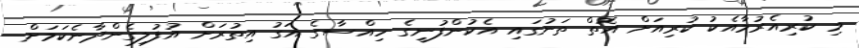
މި ކުރިއެރުމާއެކު ކުރިއަށް އޮތް ތަނުގައި އެކުންފުނީގެ ހިއްސާގެ އަގު އިތުރަށް އުފުލިގެންދާނެކަމަށް